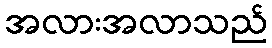
အလားအလာသည်